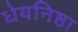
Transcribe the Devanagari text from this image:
धेयनिष्ठा